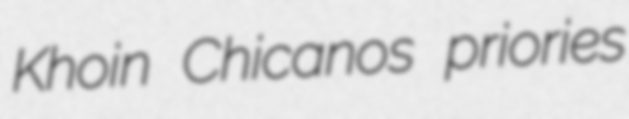
Khoin Chicanos priories